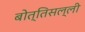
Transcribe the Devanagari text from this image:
बोत्तिसल्ली